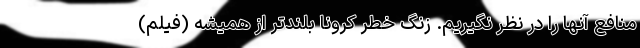
منافع آنها را در نظر نگیریم. زنگ خطر کرونا بلندتر از همیشه (فیلم)